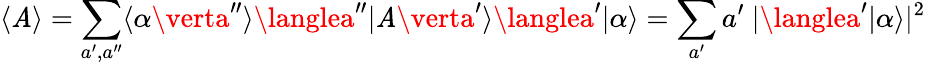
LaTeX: \langle\mathit{A}\rangle=\sum_{a^{\prime},a^{\prime\prime}}\langle\alpha\verta^{\prime\prime}\rangle\langlea^{\prime\prime}\vert\mathit{A}\verta^{\prime}\rangle\langlea^{\prime}\vert\alpha\rangle=\sum_{a^{\prime}}a^{\prime}~|\langlea^{\prime}\vert\alpha\rangle|^{2}